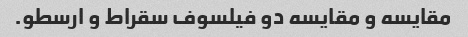
مقایسه و مقایسه دو فیلسوف سقراط و ارسطو.